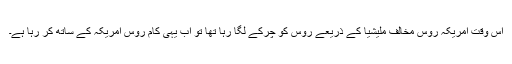
اس وقت امریکہ روس مخالف ملیشیا کے ذریعے روس کو چرکے لگا رہا تھا تو اب یہی کام روس امریکہ کے ساتھ کر رہا ہے۔